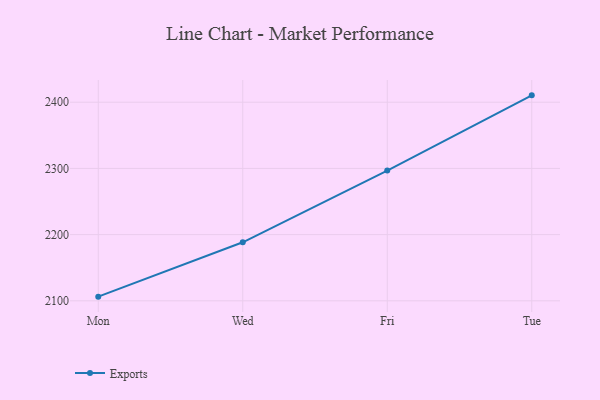
{"axis": {"x": "Day", "y": "Churn Rate (%)"}, "legend": ["Exports"], "data": [{"x": "Mon", "y": 2106.3, "type": "Exports"}, {"x": "Wed", "y": 2188.4, "type": "Exports"}, {"x": "Fri", "y": 2296.7, "type": "Exports"}, {"x": "Tue", "y": 2410.4, "type": "Exports"}]}